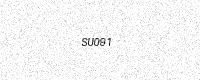
Text: SU091